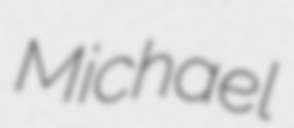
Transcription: Michael